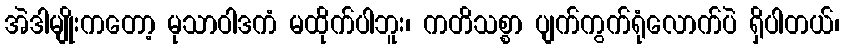
အဲဒါမျိုးကတော့ မုသာဝါဒကံ မထိုက်ပါဘူး၊ ကတိသစ္စာ ပျက်ကွက်ရုံလောက်ပဲ ရှိပါတယ်၊